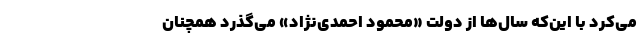
می‌کرد با این‌که سال‌ها از دولت «محمود احمدی‌نژاد» می‌گذرد همچنان